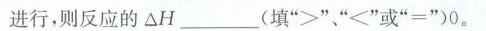
进行，则反应的△H___(填”>””<”或”=”)0。